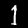
Label: 1